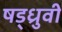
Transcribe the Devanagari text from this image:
षड्ध्रुवी